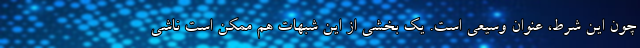
چون این شرط، عنوان وسیعی است. یک بخشی از این شبهات هم ممکن است ناشی